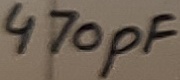
Text: 470pF